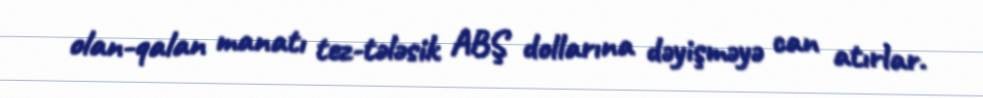
olan-qalan manatı tez-tələsik ABŞ dollarına dəyişməyə can atırlar.